Report of the Indian Hemp Drugs Commission, 1894-1895 - Volume VIII
Year: 1894
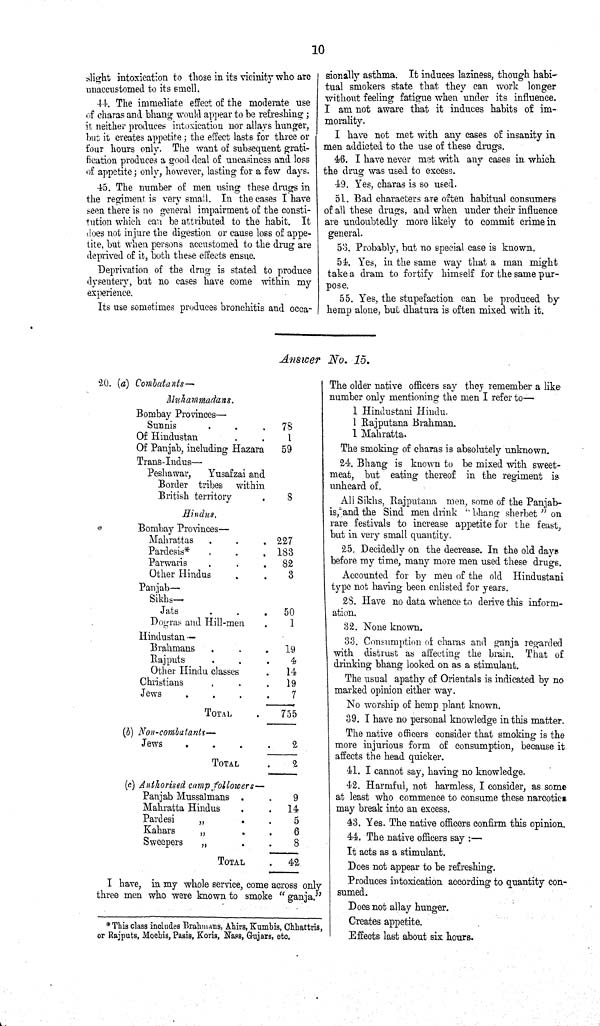
10
slight intoxication to those in its vicinity who are
unaccustomed to its smell.
44. The immediate effect of the moderate use
of charas and bhang would appear to be refreshing;
it neither produces intoxication nor allays hunger,
but it creates appetite; the effect lasts for three or
four hours only. The want of subsequent grati-
fication produces a good deal of uneasiness and loss
of appetite; only, however, lasting for a few days.
45. The number of men using these drugs in
the regiment is very small. In the cases I have
seen there is no general impairment of the consti-
tution which can be attributed to the habit. It
does not injure the digestion or cause loss of appe-
tite, but when persons accustomed to the drug are
deprived of it, both these effects ensue.
Deprivation of the drug is stated to produce
dysentery, but no cases have come within my
experience.
Its use sometimes produces bronchitis and occa-
sionally asthma. It induces laziness, though habi-
tual smokers state that they can work longer
without feeling fatigue when under its influence.
I am not aware that it induces habits of im-
morality.
I have not met with any cases of insanity in
men addicted to the use of these drugs.
46. I have never met with any cases in which
the drug was used to excess.
49. Yes, charas is so used.
51. Bad characters are often habitual consumers
of all these drugs, and when under their influence
are undoubtedly more likely to commit crime in
general.
53. Probably, but no special case is known.
54. Yes, in the same way that a man might
take a dram to fortify himself for the same pur-
pose.
55. Yes, the stupefaction can be produced by
hemp alone, but dhatura is often mixed with it.
Answer No. 15.
20. (a)
Combatants—
Muhammadans.
Bombay Provinces—
Sunnis
78
Of Hindustan
1
Of Panjab, including Hazara
59
Trans-Indus—
Peshawar,
Yusafzai and
Border tribes within
British territory
8
Hindus,
Bombay Provinces—
Mahrattas
227
Pardesis*
183
Parwaris
82
Other Hindus
3
Panjab—
Sikhs—
Jats
50
Dogras and Hill-men
1
Hindustan —
Brahmans
19
Rajputs
4
Other Hindu classes
14
Christians
19
Jews
7
TOTAL
755
(b) Non-combatants—
Jews
2
TOTAL
2
(c) Authorised camp followers—
Panjab Mussalmans
9
Mahratta Hindus
14
Pardesi
"
5
Kahars
"
6
Sweepers
"
8
TOTAL
42
I have, in my whole service, come across only
three men who were known to smoke "ganja."
*This class includes Brahmans, Ahirs, Kumbis, Chhattris,
or Rajputs, Mochis, Pasis, Koris, Nass, Gujars, etc.
The older native officers say they remember a like
number only mentioning the men I refer to—
1 Hindustani Hindu.
1 Rajputana Brahman.
1 Mahratta.
The smoking of charas is absolutely unknown.
24. Bhang is known to be mixed with sweet-
meat, but eating thereof in the regiment is
unheard of.
All Sikhs, Rajputana men, some of the Panjab-
is, and the Sind men drink "bhang sherbet" on
rare festivals to increase appetite for the feast,
but in very small quantity.
25. Decidedly on the decrease. In the old days
before my time, many more men used these drugs.
Accounted for by men of the old Hindustani
type not having been enlisted for years.
28. Have no data whence to derive this inform-
ation.
32. None known.
33. Consumption of charas and ganja regarded
with distrust as affecting the brain. That of
drinking bhang looked on as a stimulant.
The usual apathy of Orientals is indicated by no
marked opinion either way.
No worship of hemp plant known.
39. I have no personal knowledge in this matter.
The native officers consider that smoking is the
more injurious form of consumption, because it
affects the head quicker.
41. I cannot say, having no knowledge.
42. Harmful, not harmless, I consider, as some
at least who commence to consume these narcotic
may break into an excess.
43. Yes. The native officers confirm this opinion.
44. The native officers say:—
It acts as a stimulant.
Does not appear to be refreshing.
Produces intoxication according to quantity con-
sumed.
Does not allay hunger.
Creates appetite.
Effects last about six hours.